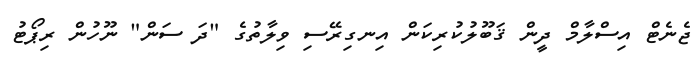
ޖެނެޓް އިސްލާމް ދީން ޤަބޫލުކުރިކަން އިނގިރޭސި ވިލާތުގެ "ދަ ސަން" ނޫހުން ރިޕޯޓު